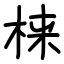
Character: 梾